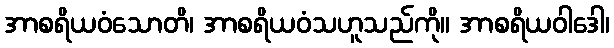
အာစရိယဝံသောတိ၊ အာစရိယဝံသဟူသည်ကို။ အာစရိယဝါဒေါ၊